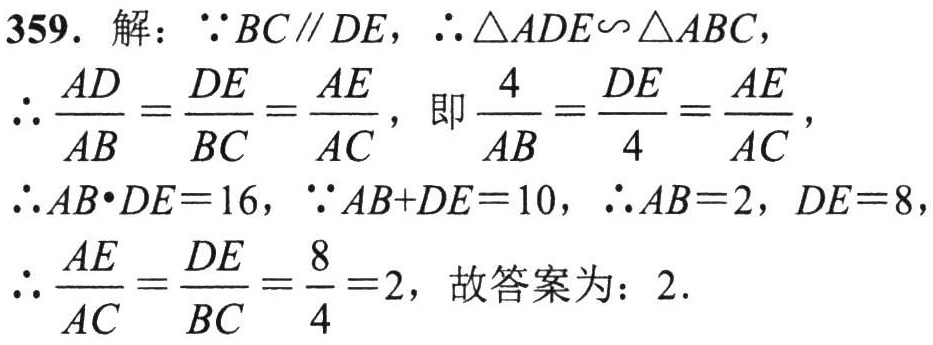
359. 解：\(\because BC\parallel DE\)，\(\therefore \triangle ADE\sim\triangle ABC\)，

\(\therefore \frac{AD}{AB}=\frac{DE}{BC}=\frac{AE}{AC}\)，即\(\frac{4}{AB}=\frac{DE}{4}=\frac{AE}{AC}\)，

\(\therefore AB\cdot DE = 16\)，\(\because AB + DE = 10\)，\(\therefore AB = 2\)，\(DE = 8\)，

\(\therefore \frac{AE}{AC}=\frac{DE}{BC}=\frac{8}{4}=2\)，故答案为：\(2\).